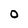
Character: O